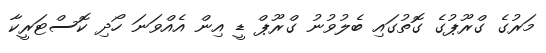
މަރުގެ ގްރޫޕުގެ ގޮތުގައި ބެލުވުނު ގްރޫޕް ޑީ އިން އެއްވަނަ ހޯދި ކޮސްޓަރީކާ